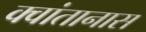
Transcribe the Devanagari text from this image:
क्वांतानास